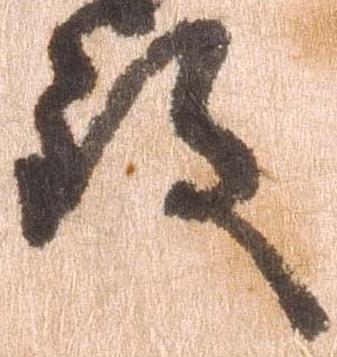
致